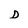
Character: D